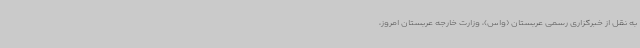
به نقل از خبرگزاری رسمی عربستان (واس)، وزارت خارجه عربستان امروز،